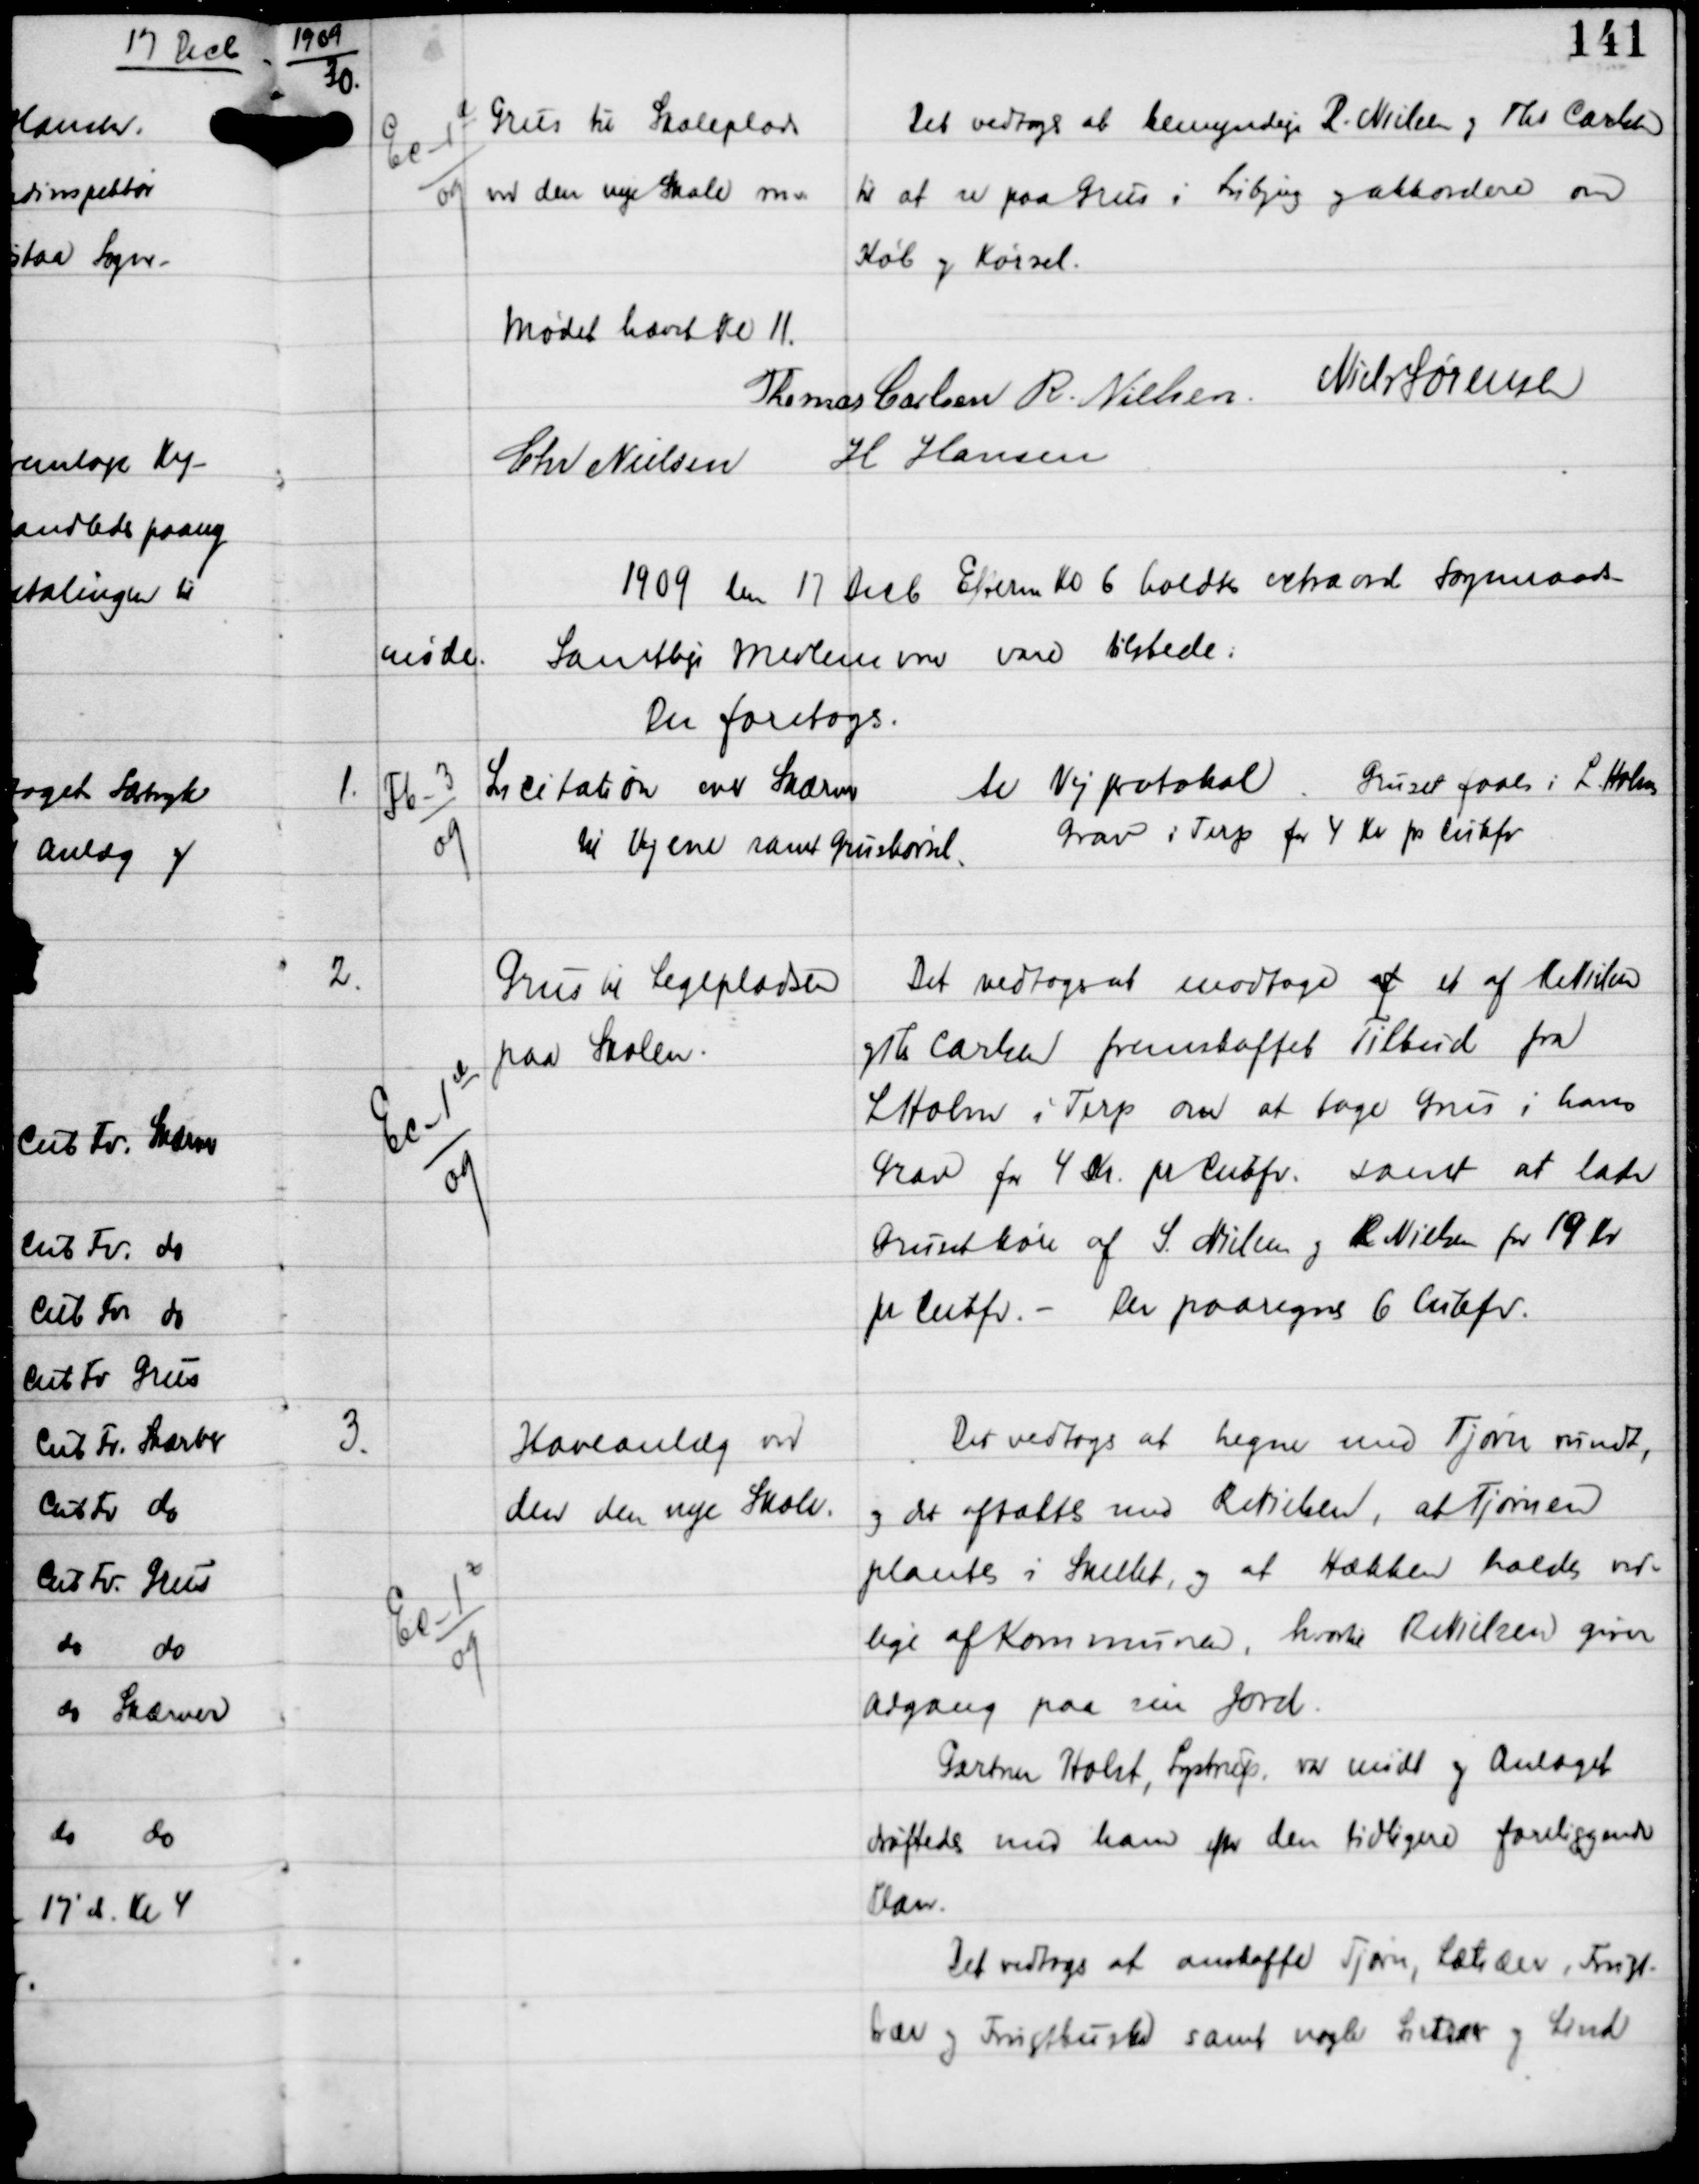
Transskription:
1909

30.

Ec-1 a
09

Grus til Skoleplads
ved den nye Skole m.v.

Det vedtoges at bemyndige R . Nielsen og Ths Carlsen
til at se paa Grus i Lisbjerg og akkordere om
Køb og Kørsel.

Mødet hævet Kl 11
Thomas Carlsen R Nielsen
Niels Sørensen
Chr Nielsen
H Hansen

1909 den 17 Decb Efterm Kl 6 holdtes extraord Sogneraads-
møde
Samtlige Medlemmer vare tilstede.
Der foretoges:

1.

Fb-3
09

Licitation over Skærver
til Vejene samt Gruskørsel.

til Vejprotokol Gruset faaes i L. Holms
Grav i Terp for 4 kr pr Cubfv

2.

Ec-1 d
09

Grus til Legepladsen
paa Skolen

Det vedtoges at modtage af et af R. Nielsen
og Th Carlsen fremskaffet Tilbud fra
L Holm i Terp om at tage Grus i hans
Grav for 4 Kr pr Cubfv samt at lade
Gruset køre af S. Nielsen og R Nielsen for 19 Kr
pr Cubfv -
Der paaregnes 6 Cubfv.

3.

Ec-1 f
09

Haveanlæg ved
den den nye Skole.

Der vedtoges at hegne med Tjørn rundt,
og det aftaltes med R Nielsen, at Tjørnen
plantes i Skellet, og at Hækken holdes ved-
lige af Kommunen hvortil R Nielsen giver
adgang paa sin Jord.
Gartner Holst, Lystrup var mødt og Andraget
drøftedes med Ham efter den tidligere foreliggende
Plan.
Det vedtoges at anskaffe Tjørn, Lætræer, Frugt-
træer og Frugtbuske samt nogle Lxxtræer og Lind